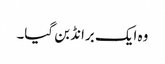
وہ ایک برانڈ بن گیا۔